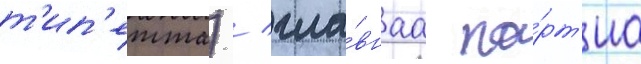
т'ип'етта) / гла́внаа па́рт'иа